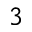
_ 3